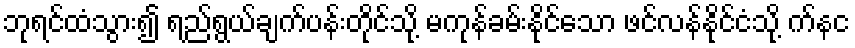
ဘုရင်ထံသွား၍ ရည်ရွယ်ချက်ပန်းတိုင်သို့ မကုန်ခမ်းနိုင်သော ဖင်လန်နိုင်ငံသို့ က်နင